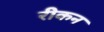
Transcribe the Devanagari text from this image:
रीकन